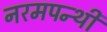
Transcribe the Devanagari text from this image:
नरमपन्थी